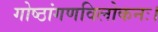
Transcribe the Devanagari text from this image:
गोष्ठांगणविलोकनः।